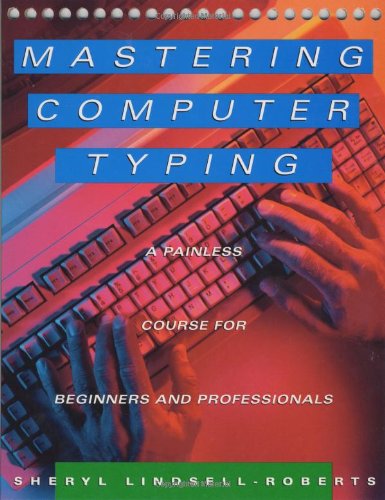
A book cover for Mastering Computer Typing: A Painless Course for Beginners and Professionals; Sheryl Lindsell-Roberts; Business & Money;